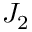
J _ { 2 }